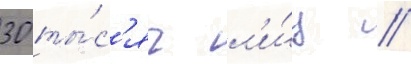
30 ты́с'яч л'и́ц //